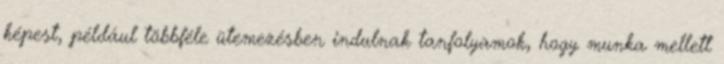
képest, például többféle ütemezésben indulnak tanfolyamok, hogy munka mellett